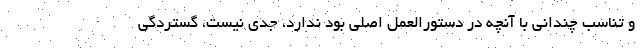
و تناسب چندانی با آنچه در دستورالعمل اصلی بود ندارد، جدی نیست، گستردگی